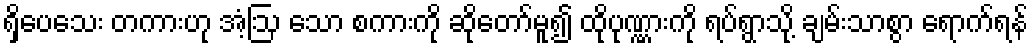
ရှိပေသေး တကားဟု အံ့ဩ သော စကားကို ဆိုတော်မူ၍ ထိုပုဏ္ဏားကို ရပ်ရွာသို့ ချမ်းသာစွာ ရောက်ရန်